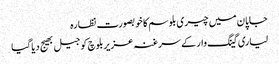
جاپان میں چیری بلوسم کا خوبصورت نظارہ
لیاری گینگ وار کے سرغنہ عزیربلوچ کو جیل بھیج دیا گیا